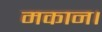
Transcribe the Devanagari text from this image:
मकान।